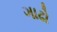
ગાઢો